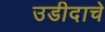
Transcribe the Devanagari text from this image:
उडीदाचे